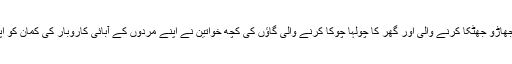
گلے تک پردہ کرکے جھاڑو جھٹکا کرنے والی اور گھر کا چولہا چوکا کرنے والی گاؤں کی کچھ خواتین نے اپنے مردوں کے آبائی کاروبار کی کمان کو اپنے ہاتھوں میں لے لیا۔